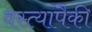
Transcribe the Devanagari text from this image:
वस्त्यांपैकी